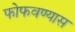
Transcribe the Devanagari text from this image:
फोफवण्यास